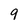
Character: 9